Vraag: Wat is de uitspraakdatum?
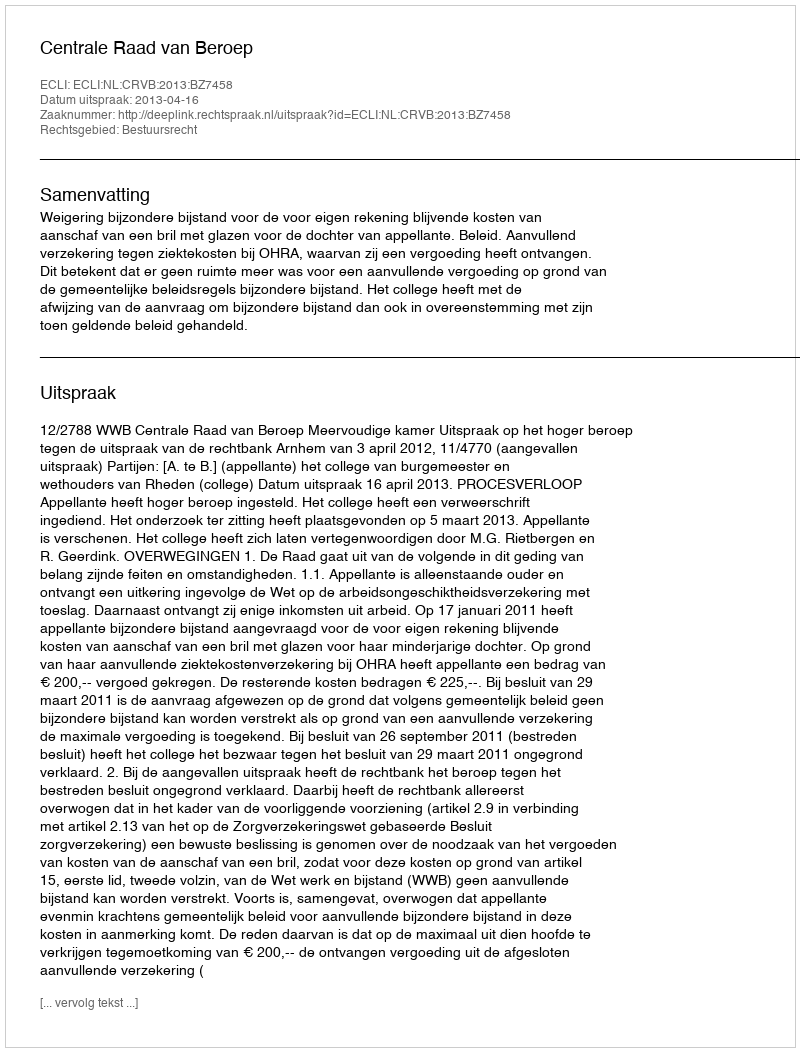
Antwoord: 2013-04-16